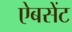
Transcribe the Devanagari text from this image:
ऐबसेंट